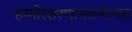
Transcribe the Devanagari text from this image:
हम्मीरशरणागतणागत